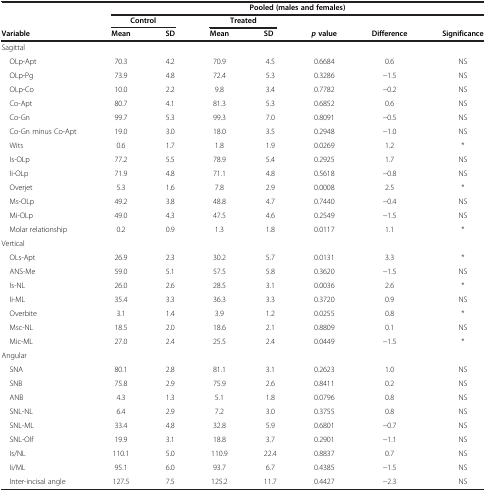
<table><thead><tr><td></td><td colspan="7"><b>Pooled (males and females)</b></td></tr><tr><td rowspan="2"><b>Variable</b></td><td colspan="2"><b>Control</b></td><td colspan="2"><b>Treated</b></td><td rowspan="2"><b><i>p</i>value</b></td><td></td><td rowspan="2"><b>Significance</b></td></tr><tr><td><b>Mean</b></td><td><b>SD</b></td><td><b>Mean</b></td><td><b>SD</b></td><td><b>Difference</b></td></tr></thead><tbody><tr><td>Sagittal</td><td></td><td></td><td></td><td></td><td></td><td></td><td></td></tr><tr><td> OLp-Apt</td><td>70.3</td><td>4.2</td><td>70.9</td><td>4.5</td><td>0.6684</td><td>0.6</td><td>NS</td></tr><tr><td> OLp-Pg</td><td>73.9</td><td>4.8</td><td>72.4</td><td>5.3</td><td>0.3286</td><td>−1.5</td><td>NS</td></tr><tr><td> OLp-Co</td><td>10.0</td><td>2.2</td><td>9.8</td><td>3.4</td><td>0.7782</td><td>−0.2</td><td>NS</td></tr><tr><td> Co-Apt</td><td>80.7</td><td>4.1</td><td>81.3</td><td>5.3</td><td>0.6852</td><td>0.6</td><td>NS</td></tr><tr><td> Co-Gn</td><td>99.7</td><td>5.3</td><td>99.3</td><td>7.0</td><td>0.8091</td><td>−0.5</td><td>NS</td></tr><tr><td> Co-Gn minus Co-Apt</td><td>19.0</td><td>3.0</td><td>18.0</td><td>3.5</td><td>0.2948</td><td>−1.0</td><td>NS</td></tr><tr><td> Wits</td><td>0.6</td><td>1.7</td><td>1.8</td><td>1.9</td><td>0.0269</td><td>1.2</td><td>*</td></tr><tr><td> Is-OLp</td><td>77.2</td><td>5.5</td><td>78.9</td><td>5.4</td><td>0.2925</td><td>1.7</td><td>NS</td></tr><tr><td> Ii-OLp</td><td>71.9</td><td>4.8</td><td>71.1</td><td>4.8</td><td>0.5618</td><td>−0.8</td><td>NS</td></tr><tr><td> Overjet</td><td>5.3</td><td>1.6</td><td>7.8</td><td>2.9</td><td>0.0008</td><td>2.5</td><td>*</td></tr><tr><td> Ms-OLp</td><td>49.2</td><td>3.8</td><td>48.8</td><td>4.7</td><td>0.7440</td><td>−0.4</td><td>NS</td></tr><tr><td> Mi-OLp</td><td>49.0</td><td>4.3</td><td>47.5</td><td>4.6</td><td>0.2549</td><td>−1.5</td><td>NS</td></tr><tr><td> Molar relationship</td><td>0.2</td><td>0.9</td><td>1.3</td><td>1.8</td><td>0.0117</td><td>1.1</td><td>*</td></tr><tr><td>Vertical</td><td></td><td></td><td></td><td></td><td></td><td></td><td></td></tr><tr><td> OLs-Apt</td><td>26.9</td><td>2.3</td><td>30.2</td><td>5.7</td><td>0.0131</td><td>3.3</td><td>*</td></tr><tr><td> ANS-Me</td><td>59.0</td><td>5.1</td><td>57.5</td><td>5.8</td><td>0.3620</td><td>−1.5</td><td>NS</td></tr><tr><td> Is-NL</td><td>26.0</td><td>2.6</td><td>28.5</td><td>3.1</td><td>0.0036</td><td>2.6</td><td>*</td></tr><tr><td> Ii-ML</td><td>35.4</td><td>3.3</td><td>36.3</td><td>3.3</td><td>0.3720</td><td>0.9</td><td>NS</td></tr><tr><td> Overbite</td><td>3.1</td><td>1.4</td><td>3.9</td><td>1.2</td><td>0.0255</td><td>0.8</td><td>*</td></tr><tr><td> Msc-NL</td><td>18.5</td><td>2.0</td><td>18.6</td><td>2.1</td><td>0.8809</td><td>0.1</td><td>NS</td></tr><tr><td> Mic-ML</td><td>27.0</td><td>2.4</td><td>25.5</td><td>2.4</td><td>0.0449</td><td>−1.5</td><td>*</td></tr><tr><td>Angular</td><td></td><td></td><td></td><td></td><td></td><td></td><td></td></tr><tr><td> SNA</td><td>80.1</td><td>2.8</td><td>81.1</td><td>3.1</td><td>0.2623</td><td>1.0</td><td>NS</td></tr><tr><td> SNB</td><td>75.8</td><td>2.9</td><td>75.9</td><td>2.6</td><td>0.8411</td><td>0.2</td><td>NS</td></tr><tr><td> ANB</td><td>4.3</td><td>1.3</td><td>5.1</td><td>1.8</td><td>0.0796</td><td>0.8</td><td>NS</td></tr><tr><td> SNL-NL</td><td>6.4</td><td>2.9</td><td>7.2</td><td>3.0</td><td>0.3755</td><td>0.8</td><td>NS</td></tr><tr><td> SNL-ML</td><td>33.4</td><td>4.8</td><td>32.8</td><td>5.9</td><td>0.6801</td><td>−0.7</td><td>NS</td></tr><tr><td> SNL-Olf</td><td>19.9</td><td>3.1</td><td>18.8</td><td>3.7</td><td>0.2901</td><td>−1.1</td><td>NS</td></tr><tr><td> Is/NL</td><td>110.1</td><td>5.0</td><td>110.9</td><td>22.4</td><td>0.8837</td><td>0.7</td><td>NS</td></tr><tr><td> Ii/ML</td><td>95.1</td><td>6.0</td><td>93.7</td><td>6.7</td><td>0.4385</td><td>−1.5</td><td>NS</td></tr><tr><td> Inter-incisal angle</td><td>127.5</td><td>7.5</td><td>125.2</td><td>11.7</td><td>0.4427</td><td>−2.3</td><td>NS</td></tr></tbody></table>